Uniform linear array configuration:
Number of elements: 8
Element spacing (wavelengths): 1
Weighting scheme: hamming
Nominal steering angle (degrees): -30
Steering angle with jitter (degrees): -29.539
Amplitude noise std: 0.05
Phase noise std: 0.05

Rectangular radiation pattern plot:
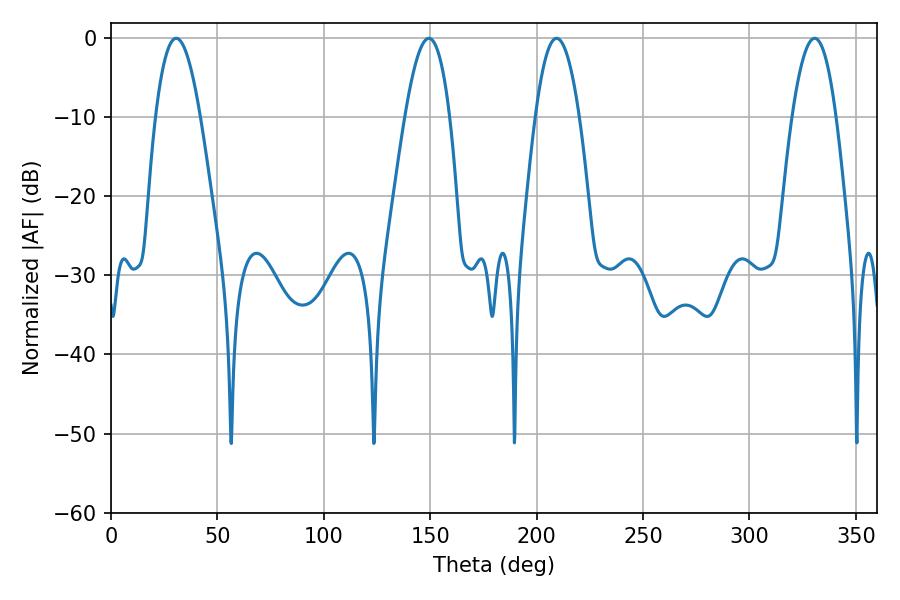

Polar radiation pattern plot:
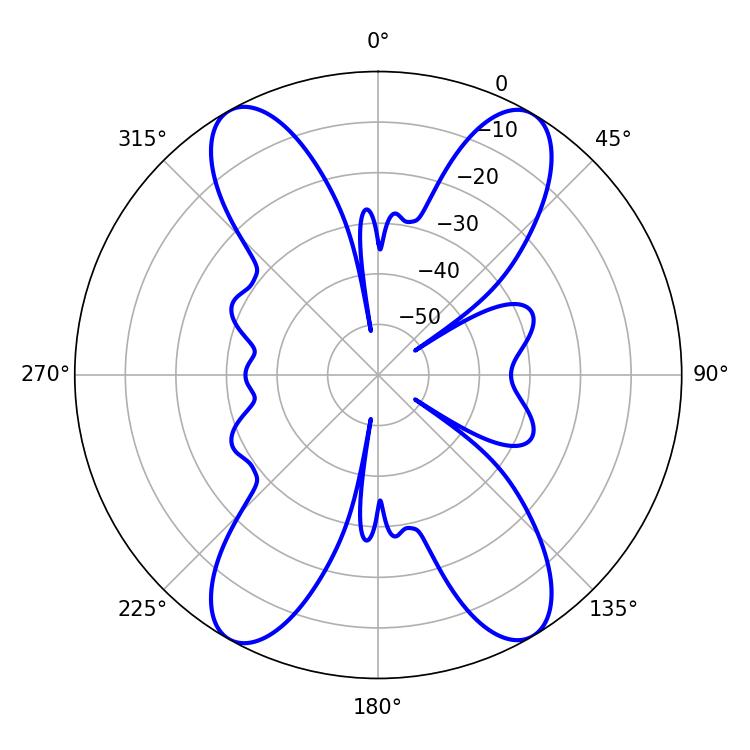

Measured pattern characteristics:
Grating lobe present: TRUE
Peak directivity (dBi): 21.59
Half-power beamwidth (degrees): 11.34
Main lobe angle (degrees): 209.34